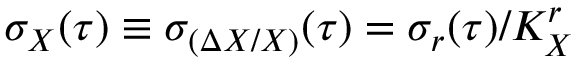
\sigma _ { X } ( \tau ) \equiv \sigma _ { ( \Delta X / X ) } ( \tau ) = \sigma _ { r } ( \tau ) / K _ { X } ^ { r }